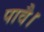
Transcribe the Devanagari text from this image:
पावै।